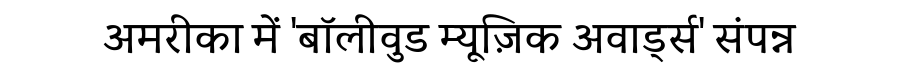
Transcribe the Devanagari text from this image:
अमरीका में 'बॉलीवुड म्यूज़िक अवार्ड्स' संपन्न